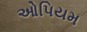
ઓપિયમ